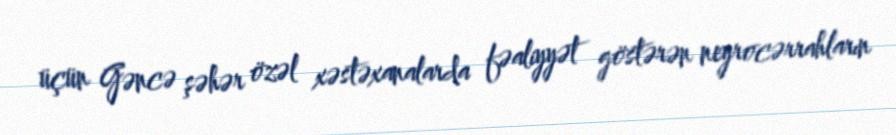
üçün Gəncə şəhər özəl xəstəxanalarda fəaliyyət göstərən neyrocərrahların